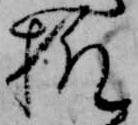
様